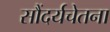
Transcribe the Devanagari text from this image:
सौंदर्यचेतना